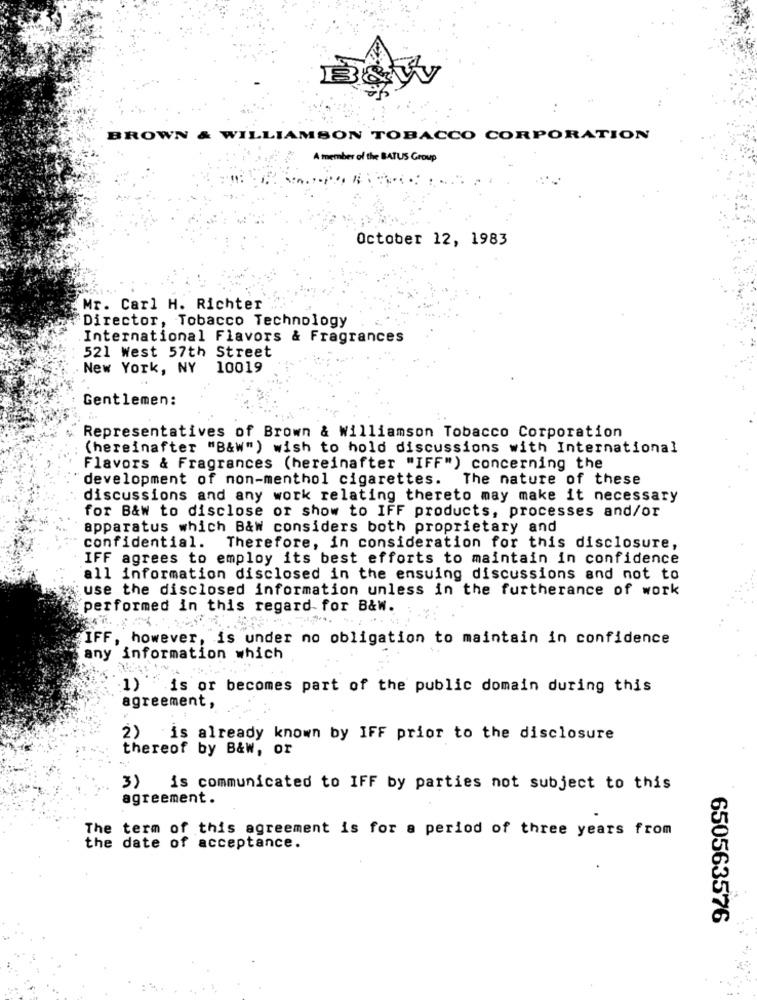
BROWN & WILLIAMSON TOBACCO CORPORATION
A member of the BATUS Group
October 12, 1983
Mr. Carl H. Richter
Director, Tobacco Technology
International Flavors & Fragrances
521 West 57th Street
New York, NY 10019
Gentlemen:
Representatives of Brown & Williamson Tobacco Corporation
(hereinafter "B&W") wish to hold discussions with International
Flavors & Fragrances (hereinafter "IFF" ) concerning the
development of non-menthol cigarettes.
The nature of these
discussions and any work relating thereto may make it necessary
for B&w to disclose or show to IFF products, processes and/or
apparatus which B&w considers both proprietary and
confidential. Therefore, in consideration for this disclosure,
IFF agrees to employ its best efforts to maintain in confidence
all information disclosed in the ensuing discussions and not to
use the disclosed information unless in the furtherance of work
performed in this regard for B&w.
IFF, however, is under no obligation to maintain in confidence
any information which
)is or becomes part of the public domain during this
agreement,
2) is already known by IFF prior to the disclosure
thereof by B&w, or
3) is communicated to IFF by parties not subject to this
agreement.
The term of this agreement is for a period of three years from
the date of acceptance.
650563576